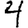
Digit: 4